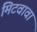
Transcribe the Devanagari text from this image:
मिटवावा